Eesti_Vabariigi_Tartu_Ulikool, lk 181
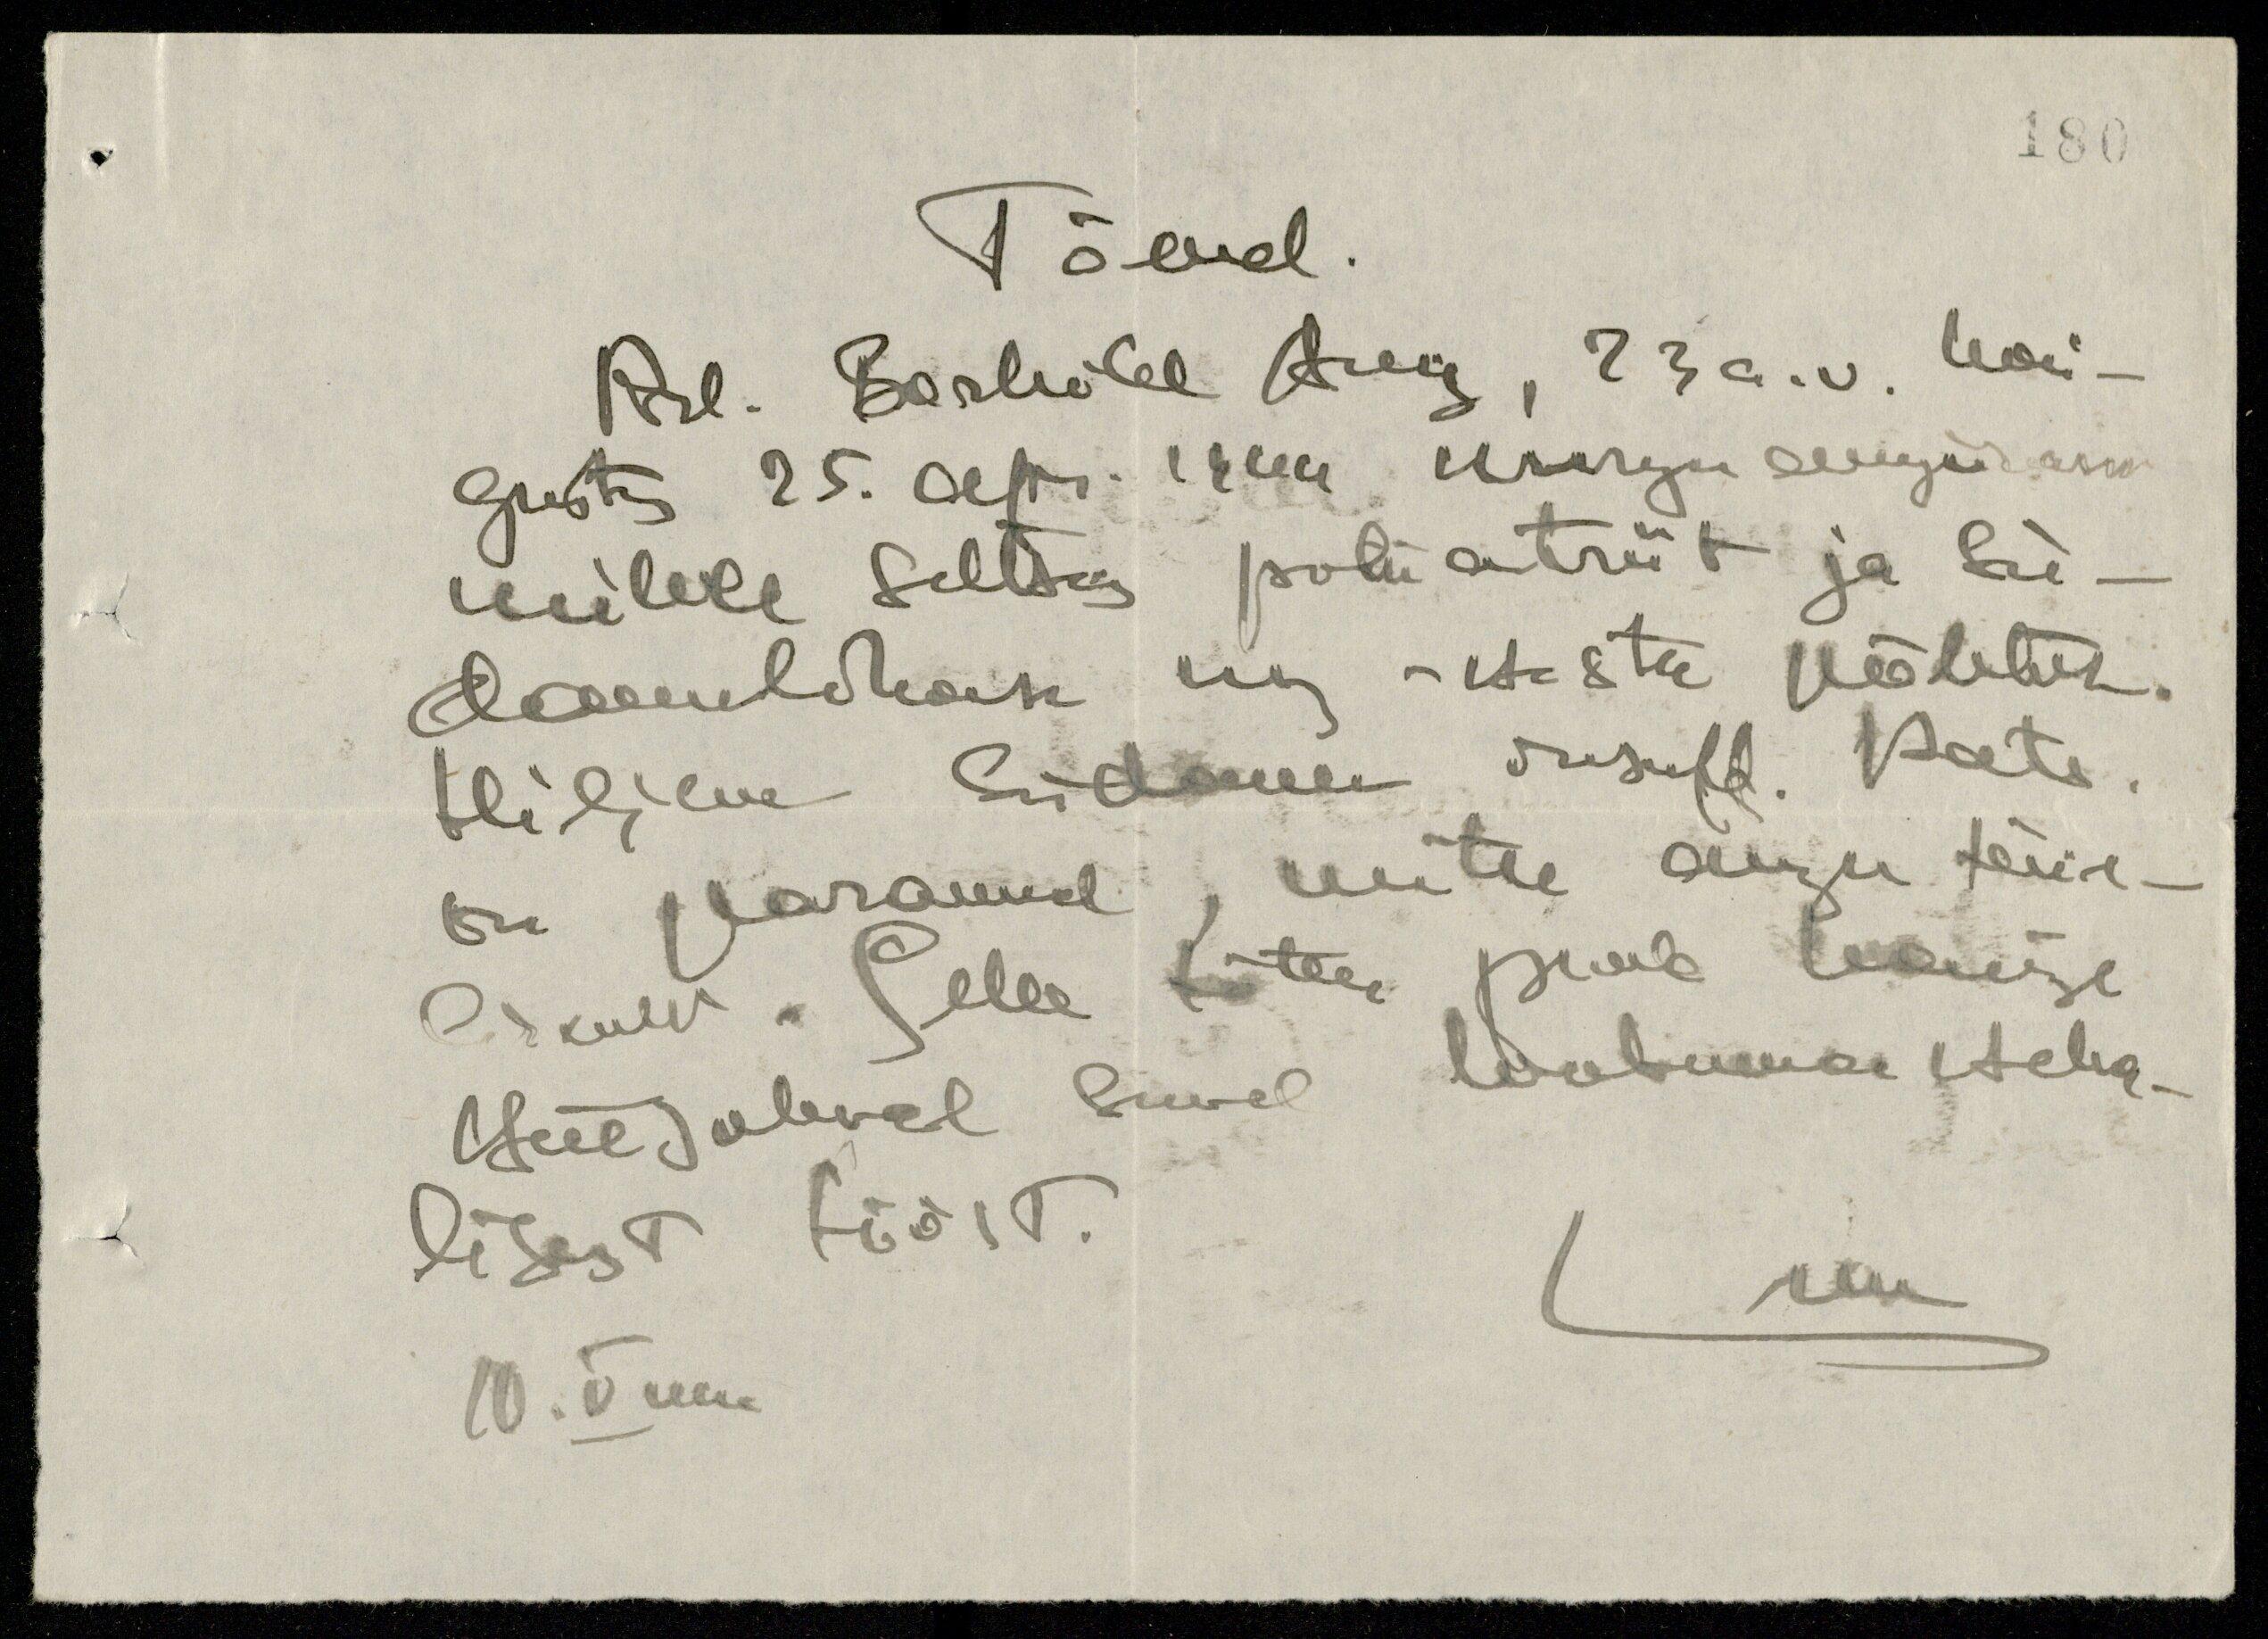
180

Tõend.
Prl. Borhild Aug, 23 a. v. hai-
gestus 25. apr. 1944 kurgu angiinana
millele seltsiks polüartriit ja sü-
damelihase ning -ketaste põletik.
Hiljem südame insult. Pats.
on paranud, mitte aga täie-
likult. Selle tõttu peab haige
käesoleval suvel loobuma keha-
lisest tööst.
jem
10. V 44a